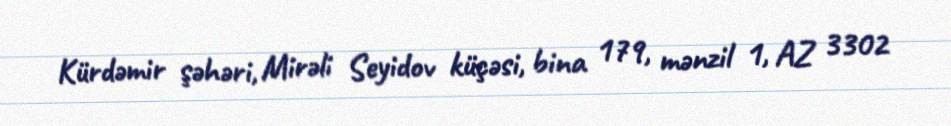
Kürdəmir şəhəri, Mirəli Seyidov küçəsi, bina 179, mənzil 1, AZ 3302